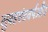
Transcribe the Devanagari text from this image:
सुबहएंटवर्पऔर